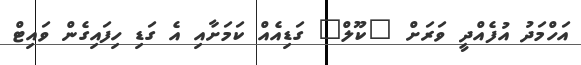
އަހްމަދު އުފެއްދީ ވަރަށް "ކޫލް" ގަޑިއެއް ކަމަށާއި އެ ގަޑި ހިފައިގެން ވައިޓް